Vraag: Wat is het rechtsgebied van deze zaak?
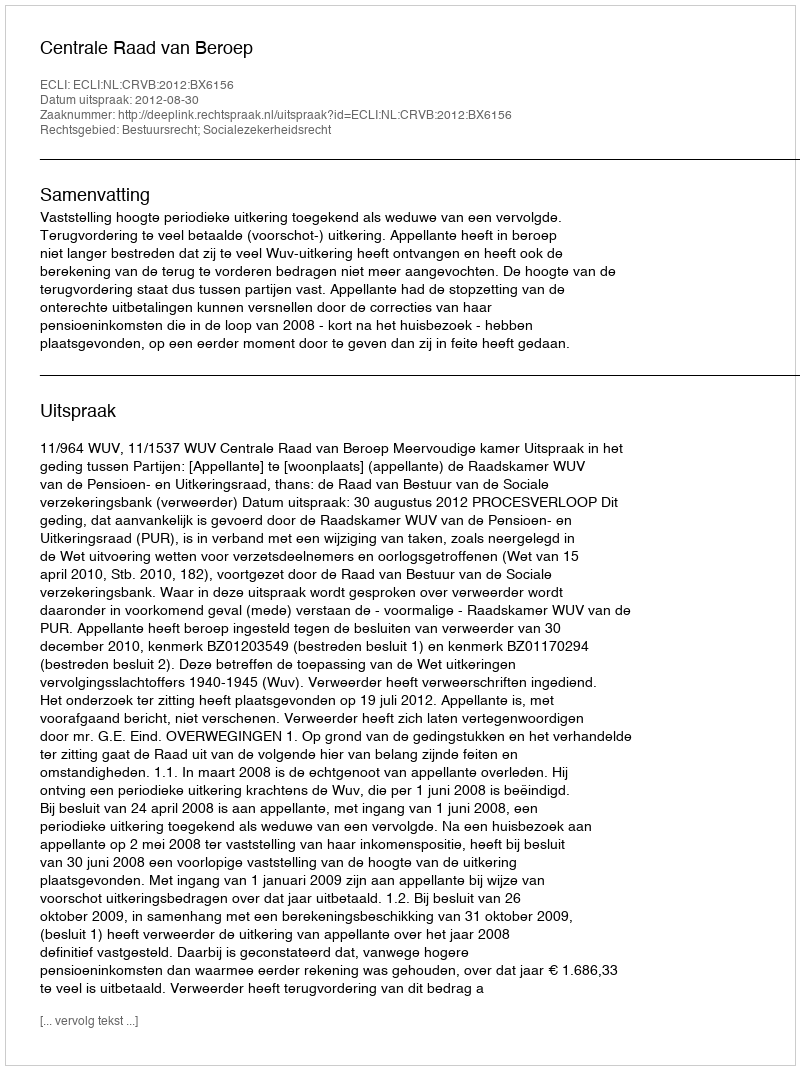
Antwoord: Bestuursrecht; Socialezekerheidsrecht